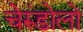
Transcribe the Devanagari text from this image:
चेरुंडोलो